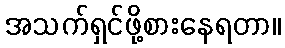
အသက်ရှင်ဖို့စားနေရတာ။